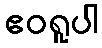
ဧဝရူပါ